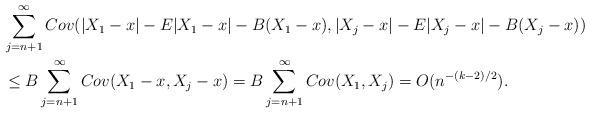
LaTeX: \begin{align*} & \sum_{j= n+1}^{\infty} Cov(|X_1 - x| - E|X_1 -x| - B(X_1 -x) , |X_j - x| - E|X_j -x| - B(X_j -x)) \\& \le B\sum_{j=n+1}^{\infty} Cov(X_1 -x, X_j -x) = B\sum_{j=n+1}^{\infty}Cov(X_1, X_j) = O(n^{-(k-2)/2}). \end{align*}